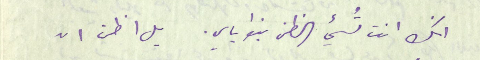
انك انت تُسيء الظن بنوياي. بل اظن ان